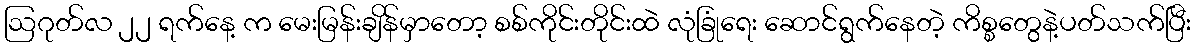
ဩဂုတ်လ ၂၂ ရက်နေ့ က မေးမြန်းချိန်မှာတော့ စစ်ကိုင်းတိုင်းထဲ လုံခြုံရေး ဆောင်ရွက်နေတဲ့ ကိစ္စတွေနဲ့ပတ်သက်ပြီး